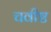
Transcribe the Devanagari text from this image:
चवीष्ट